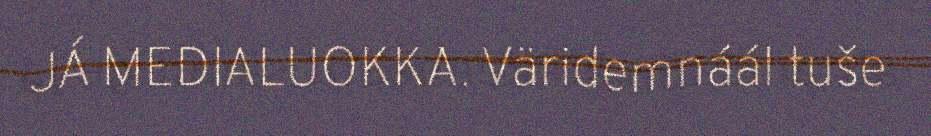
JÁ MEDIALUOKKA. Väridemnáál tuše